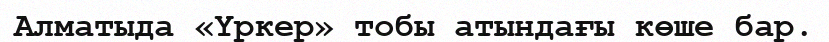
Алматыда «Үркер» тобы атындағы көше бар.